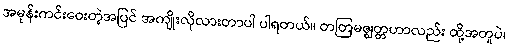
အမုန်းကင်းဝေးတဲ့အပြင် အကျိုးလိုလားတာပါ ပါရတယ်။ တတြမဇ္ဈတ္တဟာလည်း ထို့အတူပဲ၊